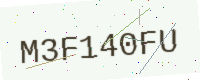
Text: M3F140FU